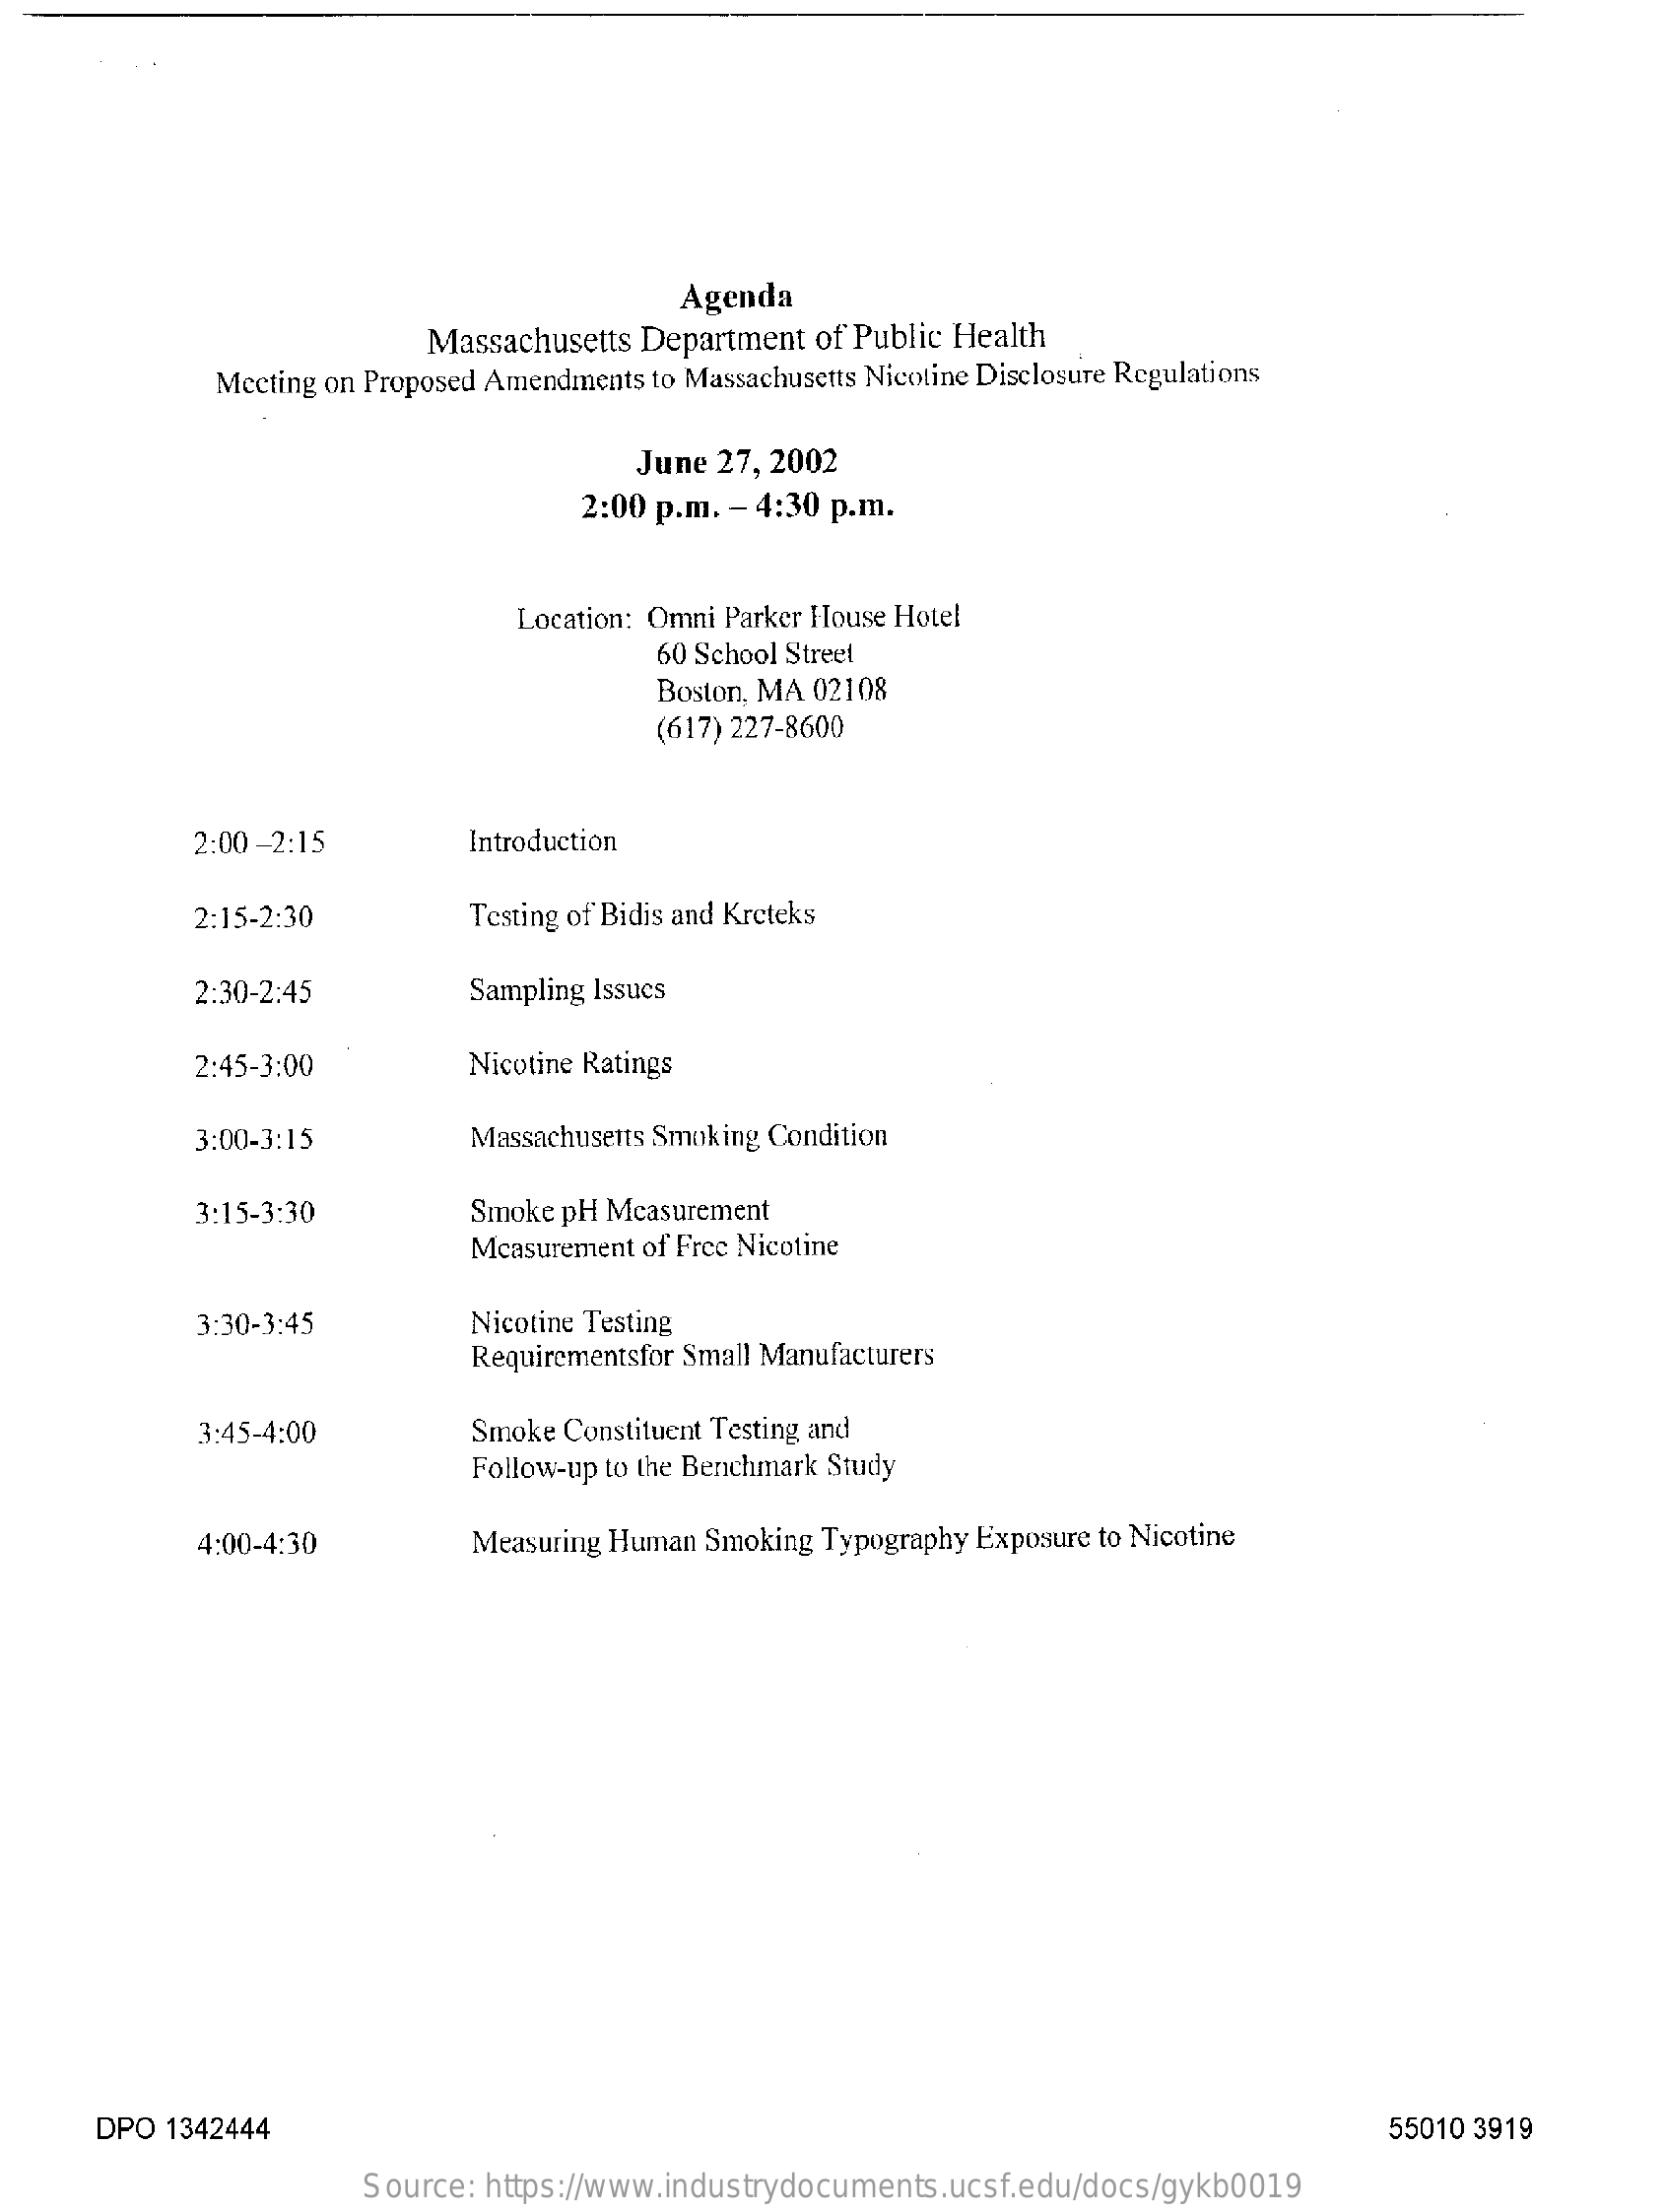
Agenda
     Massachusetts Department  of Public Health
     Meeting on Proposed Amendments to Massachusetts Nicotine Disclosure Regulations
     June  27, 2002
     2:00 p.m. - 4:30 p.m.
     Location: Omni Parker House Hotel
     60 School Street
     Boston, MA 02108
     (617) 227-8600
     2:00-2:15    Introduction
     2:15-2:30    Testing of Bidis and Kreteks
     2:30-2:45    Sampling Issues
     2:45-3:00    Nicotine Ratings
     3:00-3:15    Massachusetts Smoking Condition
     3:15-3:30    Smoke pH Measurement
     Measurement of Free Nicotine
     3:30-3:45    Nicotine Testing
     Requirementsfor Small Manufacturers
     3:45-4:00    Smoke Constituent Testing and
     Follow-up to the Benchmark Study
     4:00-4:30    Measuring Human Smoking Typography Exposure to Nicotine
     DPO 1342444    55010 3919
     Source:  https://www.industrydocuments.ucsf.edu/docs/gykb0019